King Institute of Preventive Medicine Bacteriolog. Section reports 1907-08
Year: 1907
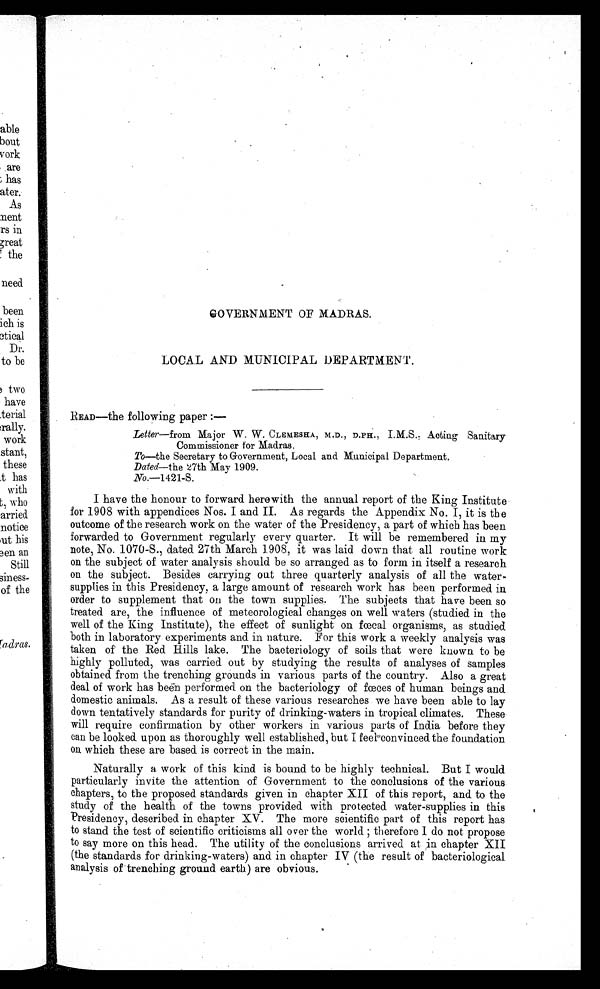
GOVERNMENT OF MADRAS.
LOCAL AND MUNICIPAL DEPARTMENT.
READ--the following paper :—
Letter—from Major W. W. CLEMESHA, M.D., D.PH., I.M.S.. Acting Sanitary
Commissioner for Madras.
To—the Secretary to Government, Local and Municipal Department.
Dated—the 27th May 1909.
No.-1421-S.
I have the honour to forward herewith the annual report of the King Institute
for 1908 with appendices Nos. I and II. As regards the Appendix No. I, it is the
outcome of the research work on the water of the Presidency, a part of which has been
forwarded to Government regularly every quarter. It will be remembered in my
note, No. 1070-S., dated 27th March 1908, it was laid down that all routine work
on the subject of water analysis should be so arranged as to form in itself a research
on the subject. Besides carrying out three quarterly analysis of all the water.
supplies in this Presidency, a large amount of research work has been performed in
order to supplement that on the town supplies. . The subjects that have been so
treated are, the influence of meteorological changes on well waters (studied in the
well of the King Institute), the effect of sunlight on fœcal organisms, as studied
both in laboratory experiments and in nature. For this work a weekly analysis was
taken of the Red Hills lake. The bacteriology of soils that were known to be
highly polluted, was carried out by studying the results of analyses of samples
obtained from the trenching grounds in various parts of the country. Also a great
deal of work has been performed on the bacteriology of fœees of human beings and
domestic animals. As a result of these various researches we have been able to lay
down tentatively standards for purity of drinking-waters in tropical climates. These
will require confirmation by other workers in various parts of India before they
can be looked upon as thoroughly well established, but I feel convinced the foundation
on which these are based is correct in the main.
Naturally a work of this kind is bound to be highly technical. But I would
particularly invite the attention of Government to the conclusions of the various
chapters, to the proposed standards given in chapter XII of this report, and to the
study of the health of the towns provided with protected water-supplies in this
Presidency, described in chapter XV. The more scientific part of this report has
to stand the test of scientific criticisms all over the world therefore I do not propose
to say more on this head. The utility of the conclusions arrived at in chapter XII
(the standards for drinking-waters) and in chapter IV (the result of bacteriological
analysis of trenching ground earth) are obvious.